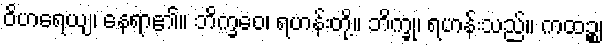
ဝိဟရေယျ၊ နေရာ၏။ ဘိက္ခဝေ၊ ရဟန်းတို့။ ဘိက္ခု၊ ရဟန်းသည်။ ကထဉ္စ၊